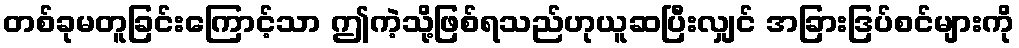
တစ်ခုမတူခြင်းကြောင့်သာ ဤကဲ့သို့ဖြစ်ရသည်ဟုယူဆပြီးလျှင် အခြားဒြပ်စင်များကို